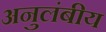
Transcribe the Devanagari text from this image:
अनुलंबीय